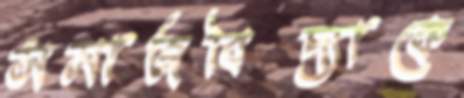
সমাজবিদ্যাকে